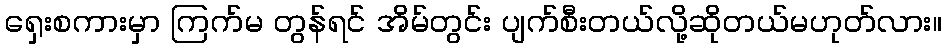
ရှေးစကားမှာ ကြက်မ တွန်ရင် အိမ်တွင်း ပျက်စီးတယ်လို့ဆိုတယ်မဟုတ်လား။